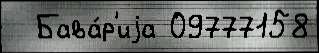
  Бава́р'иjа 09777158